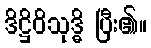
ဒိဋ္ဌိဝိသုဒ္ဓိ ပြီး၏။